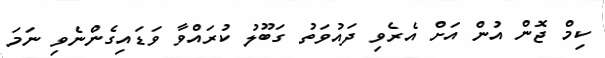
ކިމް ޖޮން އުން އަށް އެރެވި ދައުވަތު ގަބޫލު ކުރައްވާ ވަޑައިގެންނެވި ނަމަ